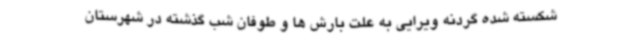
شکسته شده گردنه ویرایی به علت بارش ها و طوفان شب گذشته در شهرستان